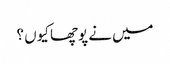
میں نے پوچھا کیوں ؟